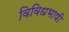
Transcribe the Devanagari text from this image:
विविधभाषी